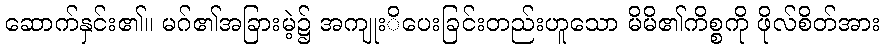
ဆောက်နှင်း၏။ မဂ်၏အခြားမဲ့၌ အကျုးိပေးခြင်းတည်းဟူသော မိမိ၏ကိစ္စကို ဖိုလ်စိတ်အား